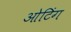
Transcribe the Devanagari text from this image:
ओटिंग